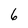
Character: 6